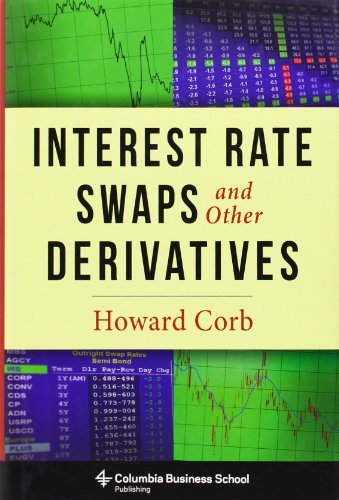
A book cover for Interest Rate Swaps and Other Derivatives (Columbia Business School Publishing); Howard Corb; Business & Money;